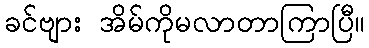
ခင်ဗျား အိမ်ကိုမလာတာကြာပြီ။